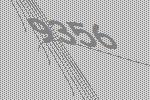
9356